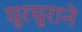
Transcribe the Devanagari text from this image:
घुरघुराने